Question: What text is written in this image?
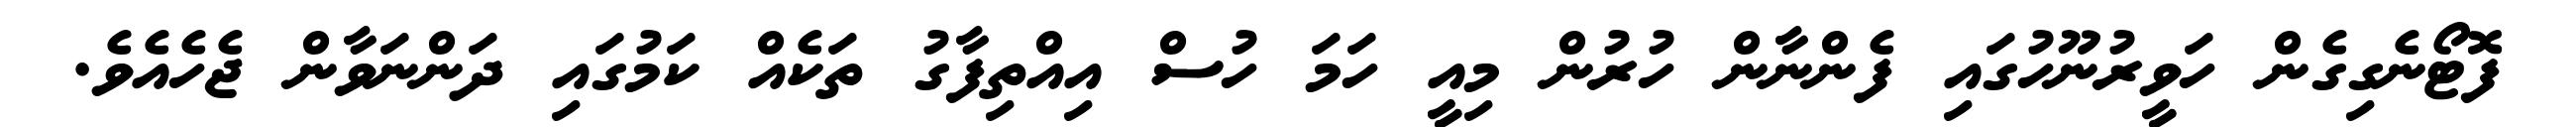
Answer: ފޮޓޯނެގިގެން ހަވީރުނޫހުގައި ފެންނާން ހުރުން މިއީ ހަމަ ހުސް އިއްތިފާގު ތަކެއް ކަމުގައި ދަންނަވާން ޖެހެއެވެ.